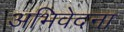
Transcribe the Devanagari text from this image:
अभिवेदना